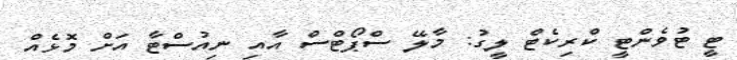
ޓީ ޓުވެންޓީ ކްރިކެޓް ލީގު: މާލޭ ސްޕޯޓްސް އާއި ނިއުސްޓާ އަށް މޮޅެއް